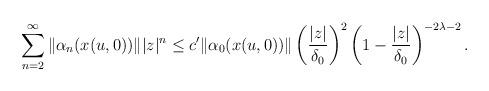
LaTeX: \begin{align*}\sum_{n=2}^{\infty}\Vert \alpha_{n}(x(u,0)) \Vert \vert z\vert ^{n}\leq c^{\prime}\Vert \alpha_{0}(x(u,0)) \Vert \left( \frac{\vert z\vert }{\delta_{0}}\right) ^{2}\left( 1-\frac{\vert z\vert }{\delta_{0}}\right) ^{-2\lambda-2}.\end{align*}